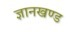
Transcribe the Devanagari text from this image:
ज्ञानखण्ड